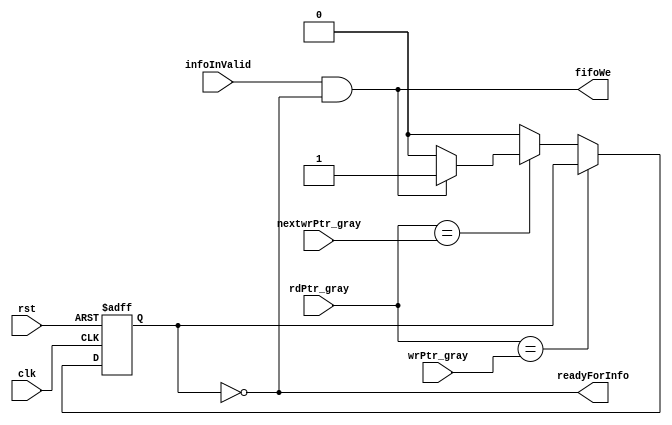
`timescale 1ns / 1ns
///////////////////////////////////////////////////////////////////////////////////////////////////
// Company: MICROSEMI
//
// IP Core: COREAXI4INTERCONNECT
//
//  Description  : The AMBA AXI4 Interconnect core connects one or more AXI memory-mapped master devices to one or
//                 more memory-mapped slave devices. The AMBA AXI protocol supports high-performance, high-frequency
//                 system designs.
//
//  COPYRIGHT 2017 BY MICROSEMI 
//  THE INFORMATION CONTAINED IN THIS DOCUMENT IS SUBJECT TO LICENSING RESTRICTIONS 
//  FROM MICROSEMI CORP.  IF YOU ARE NOT IN POSSESSION OF WRITTEN AUTHORIZATION FROM 
//  MICROSEMI FOR USE OF THIS FILE, THEN THE FILE SHOULD BE IMMEDIATELY DESTROYED AND 
//  NO BACK-UP OF THE FILE SHOULD BE MADE. 
//
//
/////////////////////////////////////////////////////////////////////////////////////////////////// 
 
 
module caxi4interconnect_CDC_wrCtrl (
                   //  input ports
                   clk,
                   rst,
                   rdPtr_gray,
                   wrPtr_gray,
                   nextwrPtr_gray,
                   infoInValid,
 
                   //  output ports
                   fifoWe,
                   readyForInfo
                   );
 
   parameter        ADDR_WIDTH       = 3;
//  input ports
   input            clk;
   wire             clk;
   input            rst;
   wire             rst;
   input     [ADDR_WIDTH - 1:0] rdPtr_gray;
   wire      [ADDR_WIDTH - 1:0] rdPtr_gray;
   input     [ADDR_WIDTH - 1:0] wrPtr_gray;
   wire      [ADDR_WIDTH - 1:0] wrPtr_gray;
   input     [ADDR_WIDTH - 1:0] nextwrPtr_gray;
   wire      [ADDR_WIDTH - 1:0] nextwrPtr_gray;
   input            infoInValid;
   wire             infoInValid;
//  output ports
   output           fifoWe;
   wire             fifoWe;
   output           readyForInfo;
   wire             readyForInfo;
//  local signals
   wire             ptrsEq_wrZone;
   wire             rdEqWrP1;
   reg              full;
 
 
   always
      @( posedge clk or negedge rst )
   begin   :WrCtrl
 
      if (!rst)
      begin
         full <= 1'b0;
      end
      else
      begin
         if (ptrsEq_wrZone)
         begin
         end
         else
         begin
            if (rdEqWrP1)
            begin
               if (fifoWe)
               begin
                  full <= 1'b1;
               end
               else
               begin
                  full <= 1'b0;
               end
            end
            else
            begin
               full <= 1'b0;
            end
         end
      end
   end
 
   assign ptrsEq_wrZone = (rdPtr_gray == wrPtr_gray);
   assign rdEqWrP1 = (rdPtr_gray == nextwrPtr_gray);
 
   assign fifoWe = infoInValid & readyForInfo;
   assign readyForInfo = !full;
 
 
endmodule